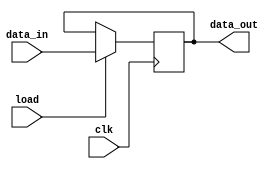
//////////////////////////////////////////////////////////////////////////////////////////
// Copyright (c) Bhupendra Kumar Yadav                                                  //
// -------------------------------------------------------------------------------------//
// TYPE: module                                                                         //
// DEPARTMENT: FPGA Project                                                             //
// AUTHOR'S EMAIL: Yaduvanshi05bhupendra@gmail.com                                      //
//--------------------------------------------------------------------------------------//
// Release history                                                                      //
// VERSION DATE AUTHOR DESCRIPTION                                                      //
// 1.0 25/04/2021 Bhupendra Kumar Yadav                                                 //
//--------------------------------------------------------------------------------------//
// KEYWORDS: Register                                                                   //
//--------------------------------------------------------------------------------------//
// PURPOSE: Register to store data                                                      //
//////////////////////////////////////////////////////////////////////////////////////////

module REGISTER
#( 
  // Width of register A to store incoming data from data bus
  parameter DATA_WIDTH = 16   
 )
( // Clock for synchronization
  input clk,          
  // Load signal to load data from data path into register A
  input load,         
  // Incoming data (16 bit)
  input [(DATA_WIDTH-1):0] data_in,  
  // Outgoing data (16 bit)
  output reg [(DATA_WIDTH-1):0] data_out ); 

always @ ( posedge clk )
begin
	// If load signal is high store the data
	if ( load )                
		data_out <= data_in;
end
endmodule